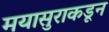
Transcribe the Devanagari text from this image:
मयासुराकडून